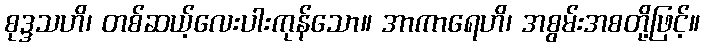
စုဒ္ဒသဟိ၊ တစ်ဆယ့်လေးပါးကုန်သော။ အာကာရေဟိ၊ အစွမ်းအစတို့ဖြင့်။